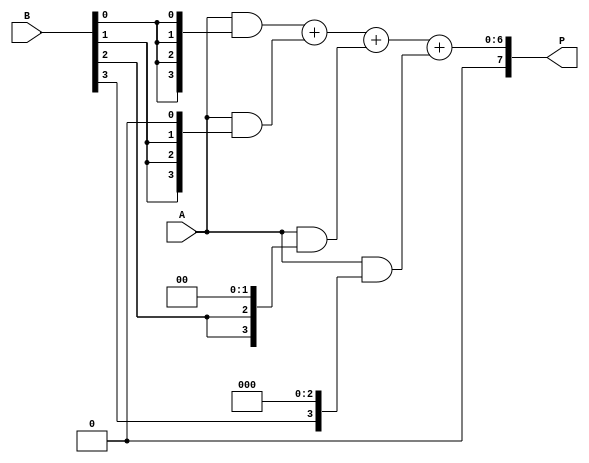
module array_multiplier (
    input  [3:0] A, // 4-bit multiplicand
    input  [3:0] B, // 4-bit multiplier
    output [7:0] P  // 8-bit product
);

    wire [3:0] pp[3:0]; // Partial products
    wire [7:0] sum[2:0]; // Intermediate sums

    // Generate partial products
    assign pp[0] = A & {4{B[0]}}; // A * B[0]
    assign pp[1] = A & {4{B[1]}} << 1; // A * B[1] shifted left by 1
    assign pp[2] = A & {4{B[2]}} << 2; // A * B[2] shifted left by 2
    assign pp[3] = A & {4{B[3]}} << 3; // A * B[3] shifted left by 3

    // Stage 1: Add the first two partial products
    assign sum[0] = pp[0] + pp[1]; // Sum of pp[0] and pp[1]

    // Stage 2: Add the next partial product
    assign sum[1] = sum[0] + pp[2]; // Sum of previous sum and pp[2]

    // Stage 3: Add the last partial product
    assign sum[2] = sum[1] + pp[3]; // Sum of previous sum and pp[3]

    // Final output
    assign P = sum[2]; // Product output

endmodule